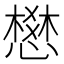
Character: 𢡟